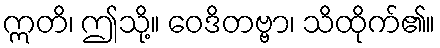
ဣတိ၊ ဤသို့။ ဝေဒိတဗ္ဗာ၊ သိထိုက်၏။